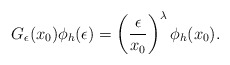
\begin{align*}G_\epsilon(x_0)\phi_h (\epsilon) = \left({\epsilon \over x_0} \right)^\lambda \phi_h(x_0).\end{align*}